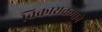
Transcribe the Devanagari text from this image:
विकासक्रमाने